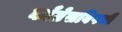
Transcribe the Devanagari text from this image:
काँग्रेसविषयी